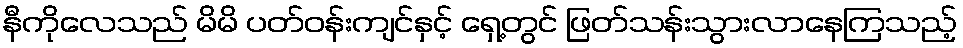
နီကိုလေသည် မိမိ ပတ်ဝန်းကျင်နှင့် ရှေ့တွင် ဖြတ်သန်းသွားလာနေကြသည့်